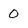
Character: 0